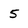
Character: 5